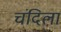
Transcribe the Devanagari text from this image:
चंदिला